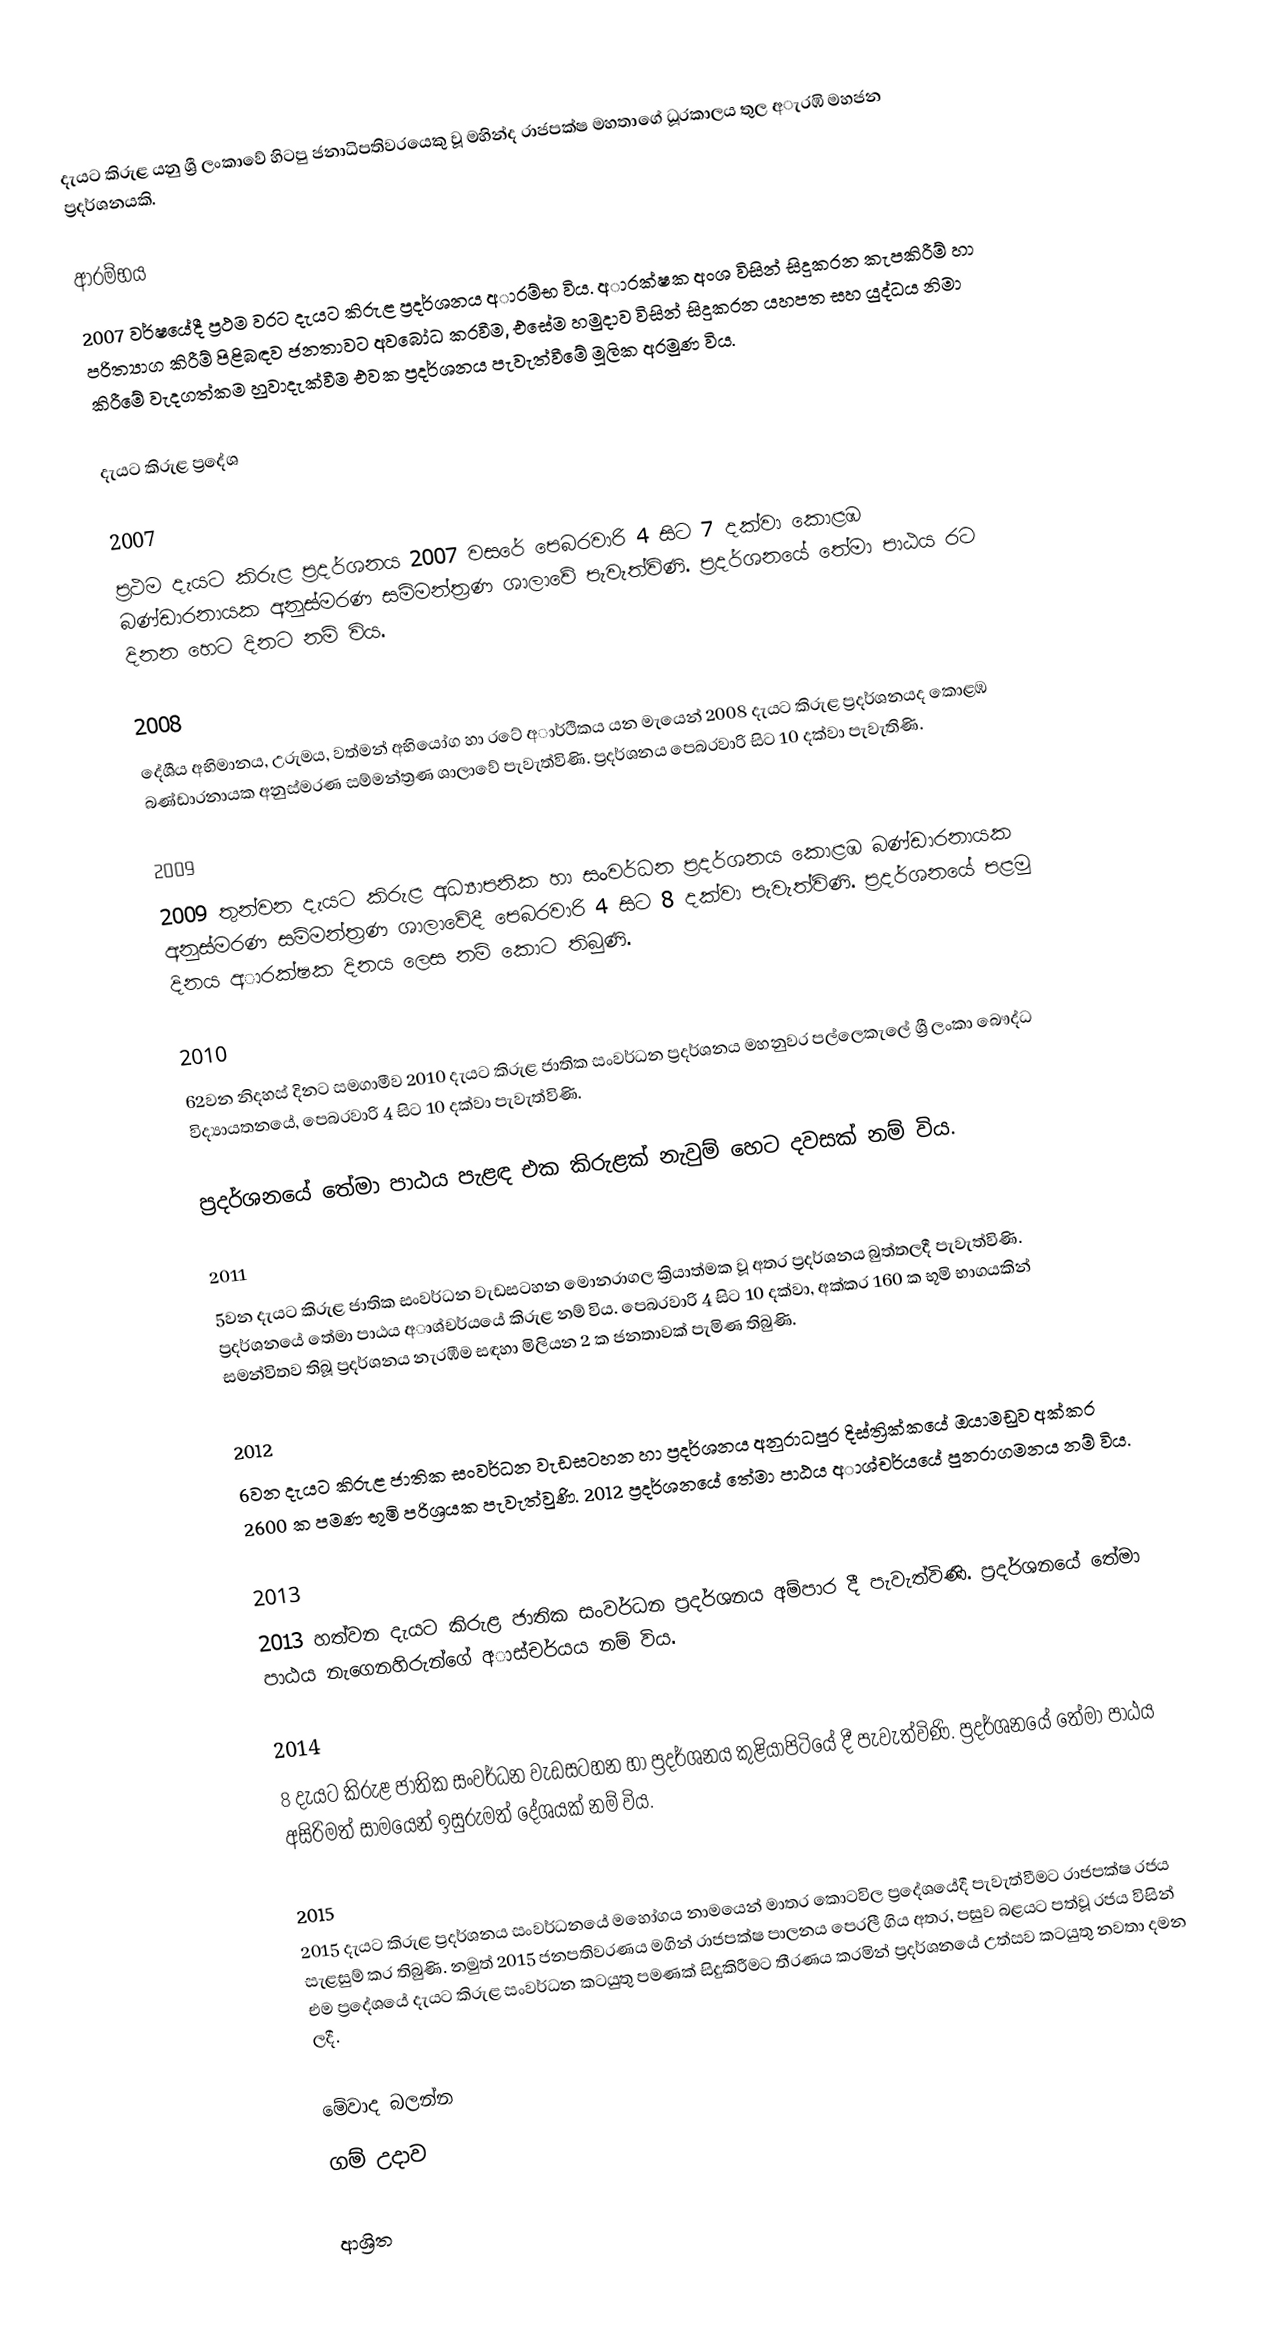
දැයට කිරුළ යනු ශ්‍රී ලංකාවේ හිටපු ජනාධිපතිවරයෙකු වූ මහින්ද රාජපක්ෂ මහතාගේ ධූරකාලය තුල අැරඹි මහජන ප්‍රදර්ශනයකි.

ආරම්භය
2007 වර්ෂයේදී ප්‍රථම වරට දැයට කිරුළ ප්‍රදර්ශනය අාරම්භ විය. අාරක්ෂක අංශ විසින් සිදුකරන කැපකිරීම් හා පරිත්‍යාග කිරීම් පිළිබඳව ජනතාවට අවබෝධ කරවීම, එසේම හමුදාව විසින් සිදුකරන යහපත සහ යුද්ධය නිමා කිරීමේ වැදගත්කම හුවාදැක්වීම එවක ප්‍රදර්ශනය පැවැත්වීමේ මූලික අරමුණ විය.

දැයට කිරුළ ප්‍රදේශ

2007
ප්‍රථම දැයට කිරුළ ප්‍රදර්ශනය 2007 වසරේ පෙබරවාරි 4 සිට 7 දක්වා කොළඹ බණ්ඩාරනායක අනුස්මරණ සම්මන්ත්‍රණ ශාලාවේ පැවැත්විණි. ප්‍රදර්ශනයේ තේමා පාඨය රට දිනන හෙට දිනට නම් විය.

2008
දේශීය අභිමානය, උරුමය, වත්මන් අභියෝග හා රටේ අාර්ථිකය යන මැයෙන් 2008 දැයට කිරුළ ප්‍රදර්ශනයද කොළඹ බණ්ඩාරනායක අනුස්මරණ සම්මන්ත්‍රණ ශාලාවේ පැවැත්විණි. ප්‍රදර්ශනය පෙබරවාරි  සිට 10 දක්වා පැවැතිණි.

2009
2009 තුන්වන දැයට කිරුළ අධ්‍යාපනික හා සංවර්ධන ප්‍රදර්ශනය කොළඹ බණ්ඩාරනායක අනුස්මරණ සම්මන්ත්‍රණ ශාලාවේදී පෙබරවාරි 4 සිට 8 දක්වා පැවැත්විණි. ප්‍රදර්ශනයේ පළමු දිනය අාරක්ෂක දිනය ලෙස නම් කොට තිබුණි.

2010
62වන නිදහස් දිනට සමගාමීව 2010 දැයට කිරුළ ජාතික සංවර්ධන ප්‍රදර්ශනය මහනුවර පල්ලෙකැලේ  ශ්‍රී ලංකා බෞද්ධ විද්‍යායතනයේ, පෙබරවාරි 4 සිට 10 දක්වා පැවැත්විණි.

ප්‍රදර්ශනයේ තේමා පාඨය පැළඳ එක කිරුළක් නැවුම් හෙට දවසක් නම් විය.

2011
5වන දැයට කිරුළ ජාතික සංවර්ධන වැඩසටහන මොනරාගල ක්‍රියාත්මක වූ අතර ප්‍රදර්ශනය බුත්තලදී පැවැත්විණි. ප්‍රදර්ශනයේ තේමා පාඨය අාශ්චර්යයේ කිරුළ නම් විය.  පෙබරවාරි 4 සිට 10 දක්වා, අක්කර 160 ක භූමි භාගයකින් සමන්විතව තිබූ ප්‍රදර්ශනය නැරඹීම සඳහා මිලියන 2 ක ජනතාවක් පැමිණ තිබුණි.

2012
6වන දැයට කිරුළ ජාතික සංවර්ධන වැඩසටහන හා ප්‍රදර්ශනය අනුරාධපුර දිස්ත්‍රික්කයේ ඔයාමඩුව අක්කර 2600 ක පමණ භූමි පරිශ්‍රයක පැවැත්වුණි. 2012 ප්‍රදර්ශනයේ තේමා පාඨය අාශ්චර්යයේ පුනරාගමනය නම් විය.

2013
2013 හත්වන දැයට කිරුළ ජාතික සංවර්ධන ප්‍රදර්ශනය අම්පාර දී පැවැත්විණි. ප්‍රදර්ශනයේ තේමා පාඨය නැගෙනහිරුන්ගේ අාස්චර්යය නම් විය.

2014
8 දැයට කිරුළ ජාතික සංවර්ධන වැඩසටහන හා ප්‍රදර්ශනය කුළියාපිටියේ දී පැවැත්විණි. ප්‍රදර්ශනයේ තේමා පාඨය අසිරිමත් සාමයෙන් ඉසුරුමත් දේශයක් නම් විය.

2015
2015 දැයට කිරුළ ප්‍රදර්ශනය සංවර්ධනයේ මහෝගය නාමයෙන් මාතර කොටවිල ප්‍රදේශයේදී පැවැත්වීමට රාජපක්ෂ රජය සැළසුම් කර තිබුණි. නමුත් 2015 ජනපතිවරණය මගින් රාජපක්ෂ පාලනය පෙරලී ගිය අතර, පසුව බළයට පත්වූ රජය විසින් එම ප්‍රදේශයේ දැයට කිරුළ සංවර්ධන කටයුතු පමණක් සිදුකිරීමට තීරණය කරමින් ප්‍රදර්ශනයේ උත්සව කටයුතු නවතා දමන ලදී.

මේවාද බලන්න
ගම් උදාව

ආශ්‍රිත